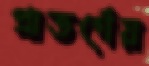
প্রাতর্গেয়